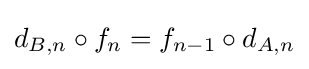
d_{B,n}\circ f_{n}=f_{n-1}\circ d_{A,n}